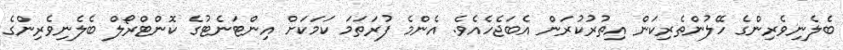
ބެލެނިވެރިންގެ ހޭލުންތެރިކަން އިތުރުކުރަން އެބަޖެހެއެވެ. އެންމެ ފުރަަތަމަ ކަމަކަށް އިންޓަނެޓުގެ ކޮންޓްރޯލް ބެލެނިވެރިންގެ